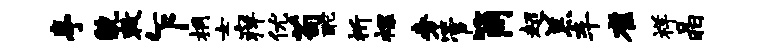
亭貌敕乍桐女痒优苟酡祈裸旁管筒超羔车雀祥晶